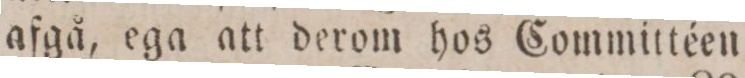
afgå, ega att derom hos Committéen